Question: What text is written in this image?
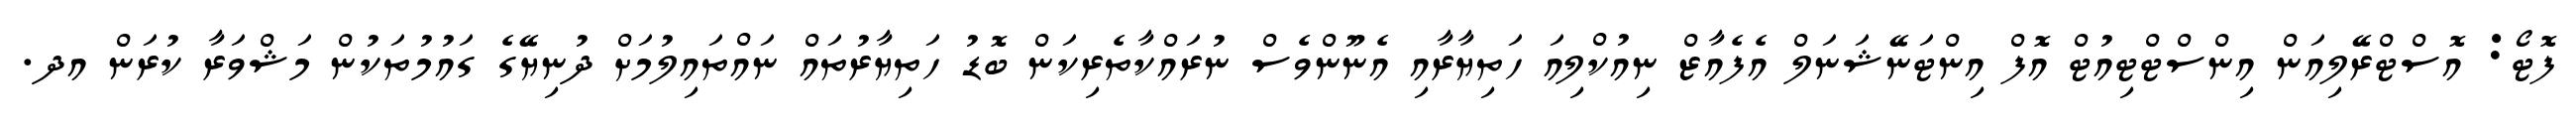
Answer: ފޮޓޯ: އޮސްޓްރޭލިއަން އިންސްޓްޓިއުޓް އޮފް އިންޓަނޭޝަނަލް އެފެއާޒް ނިއުކްލިއަ ހަތިޔާރާއި އެނޫންވެސް ނުރައްކާތެރިކަން ބޮޑު ހަތިޔާރުތައް ނައްތައިލުމަށް ދުނިޔޭގެ ގައުމުތަކުން މަޝްވަރާ ކުރަން އދ.